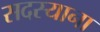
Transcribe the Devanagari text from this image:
सदस्याना